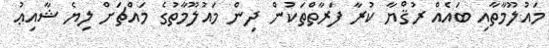
މައުލޫމާތާއި ބައެއް ރުޤްޔާ ކުރާ ފަރާތްތަކުން ދިން މައުލޫމާތުގެ މައްޗަށް ލިޔެ ޝާއިޢު